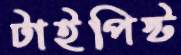
টাইপিস্ট